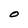
Character: O